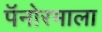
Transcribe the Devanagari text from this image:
पॅनोरमाला